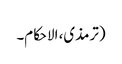
(ترمذی، الاحکام۔